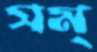
সম্